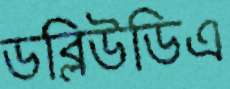
ডব্লিউডিএ